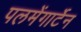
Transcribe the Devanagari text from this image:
पलमेंगार्टेन